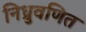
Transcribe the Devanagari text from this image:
निध्रुवणित